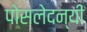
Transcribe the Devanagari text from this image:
पोसलेदन्यी